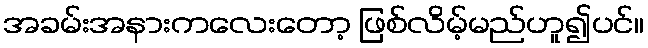
အခမ်းအနားကလေးတော့ ဖြစ်လိမ့်မည်ဟူ၍ပင်။